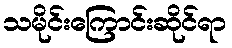
သမိုင်းကြောင်းဆိုင်ရာ